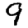
Digit: 9